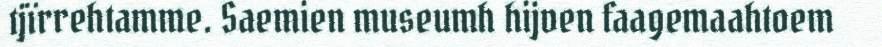
tjïrrehtamme. Saemien museumh hijven faagemaahtoem